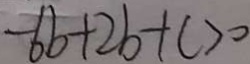
- 6 b + 2 b + c > 0